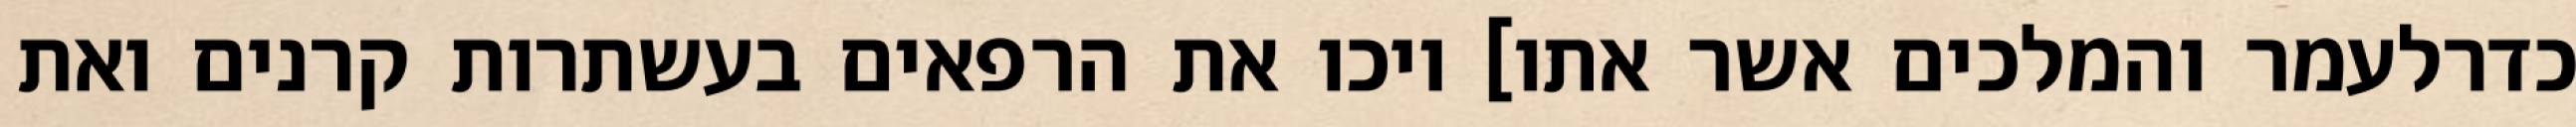
כדרלעמר והמלכים אשר אתו] ויכו את הרפאים בעשתרות קרנים ואת